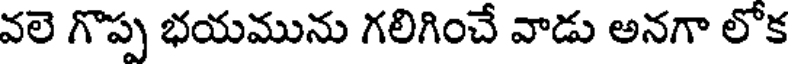
వలె గొప్ప భయమును గలిగించే వాడు అనగా లోక